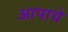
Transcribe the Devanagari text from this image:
आपाचे